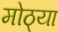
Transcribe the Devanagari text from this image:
मोठ्‍या